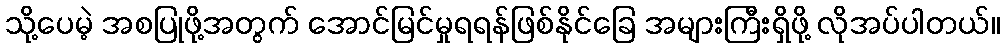
သို့ပေမဲ့ အစပြုဖို့အတွက် အောင်မြင်မှုရရန်ဖြစ်နိုင်ခြေ အများကြီးရှိဖို့ လိုအပ်ပါတယ်။